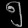
Digit: ၅